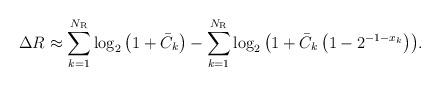
LaTeX: \begin{align*} \Delta R \approx \sum\limits_{k = 1}^{{N_{\rm{R}}}} {{{\log }_2}\left( {{{1 + {{{\bar C}_k}} }}} \right)} - \sum\limits_{k = 1}^{{N_{\rm{R}}}} {{{\log }_2}\left( {{{1 + {{\bar C}_k}\left({1 - {2^{ - 1 - {x_k}}}}\right)}}} \right)}.\end{align*}